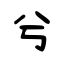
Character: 兮